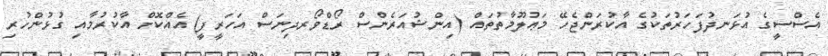
އެސްސީގެ އުޅަނދުފަހަރުތަކުގެ އާކުރަންޖެހޭ މަޢުލޫމާތުތައް (އިންޝުއަރެންސް ރޯޑްވޯރދިނަސް އަހަރީފީ) އެއްކޮށް އާކުރުމާއި ގުޅުންހުރި